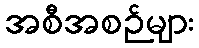
အစီအစဉ်များ